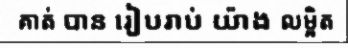
គាត់ បាន រៀបរាប់ យ៉ាង លម្អិត